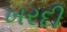
ખરદી